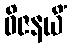
ဝိဇနယိံ